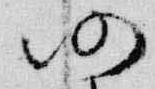
仍